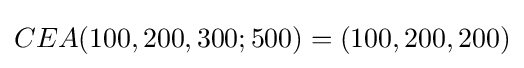
CEA(100,200,300;500)=(100,200,200)